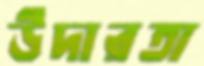
উদারতা